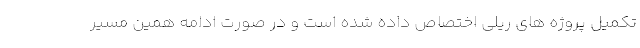
تکمیل پروژه های ریلی اختصاص داده شده است و در صورت ادامه همین مسیر